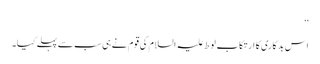
‘‘
اس بدکاری کا ارتکاب لوط علیہ السلام کی قوم نے ہی سب سے پہلے کیا۔